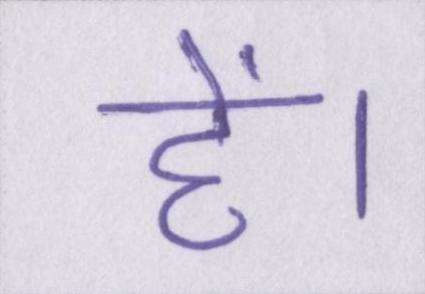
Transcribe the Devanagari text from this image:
हें।